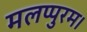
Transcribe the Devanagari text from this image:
मलप्पुरम।